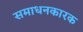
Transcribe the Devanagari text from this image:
समाधनकारक